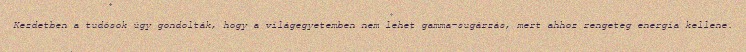
Kezdetben a tudósok úgy gondolták, hogy a világegyetemben nem lehet gamma-sugárzás, mert ahhoz rengeteg energia kellene.